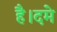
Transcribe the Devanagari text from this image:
है।दमे